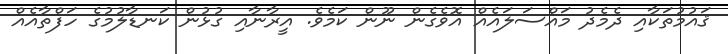
ޤައުމުތަކާއި ދެމެދު މައްސަލައެއް އޮވެގެން ނޫން ކަމެވެ. އީރާނާއި ގުޅުން ކަނޑާލުމުގެ ހަފްތާއެއް